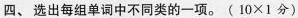
四、选出每组单词中不同类的一项.($$10×1$$分)